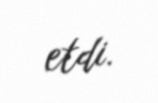
etdi.